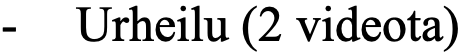
- Urheilu (2 videota)